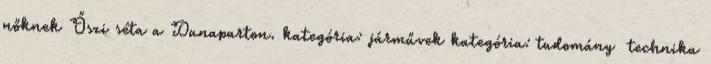
nőknek Őszi séta a Dunaparton. kategória: járművek kategória: tudomány technika